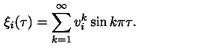
\xi _ { i } ( \tau ) = \sum _ { k = 1 } ^ { \infty } v _ { i } ^ { k } \sin k \pi \tau .